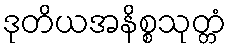
ဒုတိယအနိစ္စသုတ္တံ